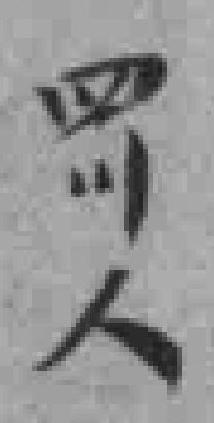
四川人